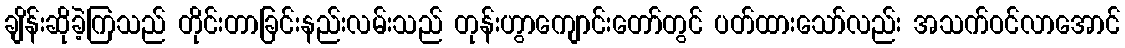
ချိန်းဆိုခဲ့ကြသည် တိုင်းတာခြင်းနည်းလမ်းသည် တုန်းဟွာကျောင်းတော်တွင် ပတ်ထားသော်လည်း အသက်ဝင်လာအောင်